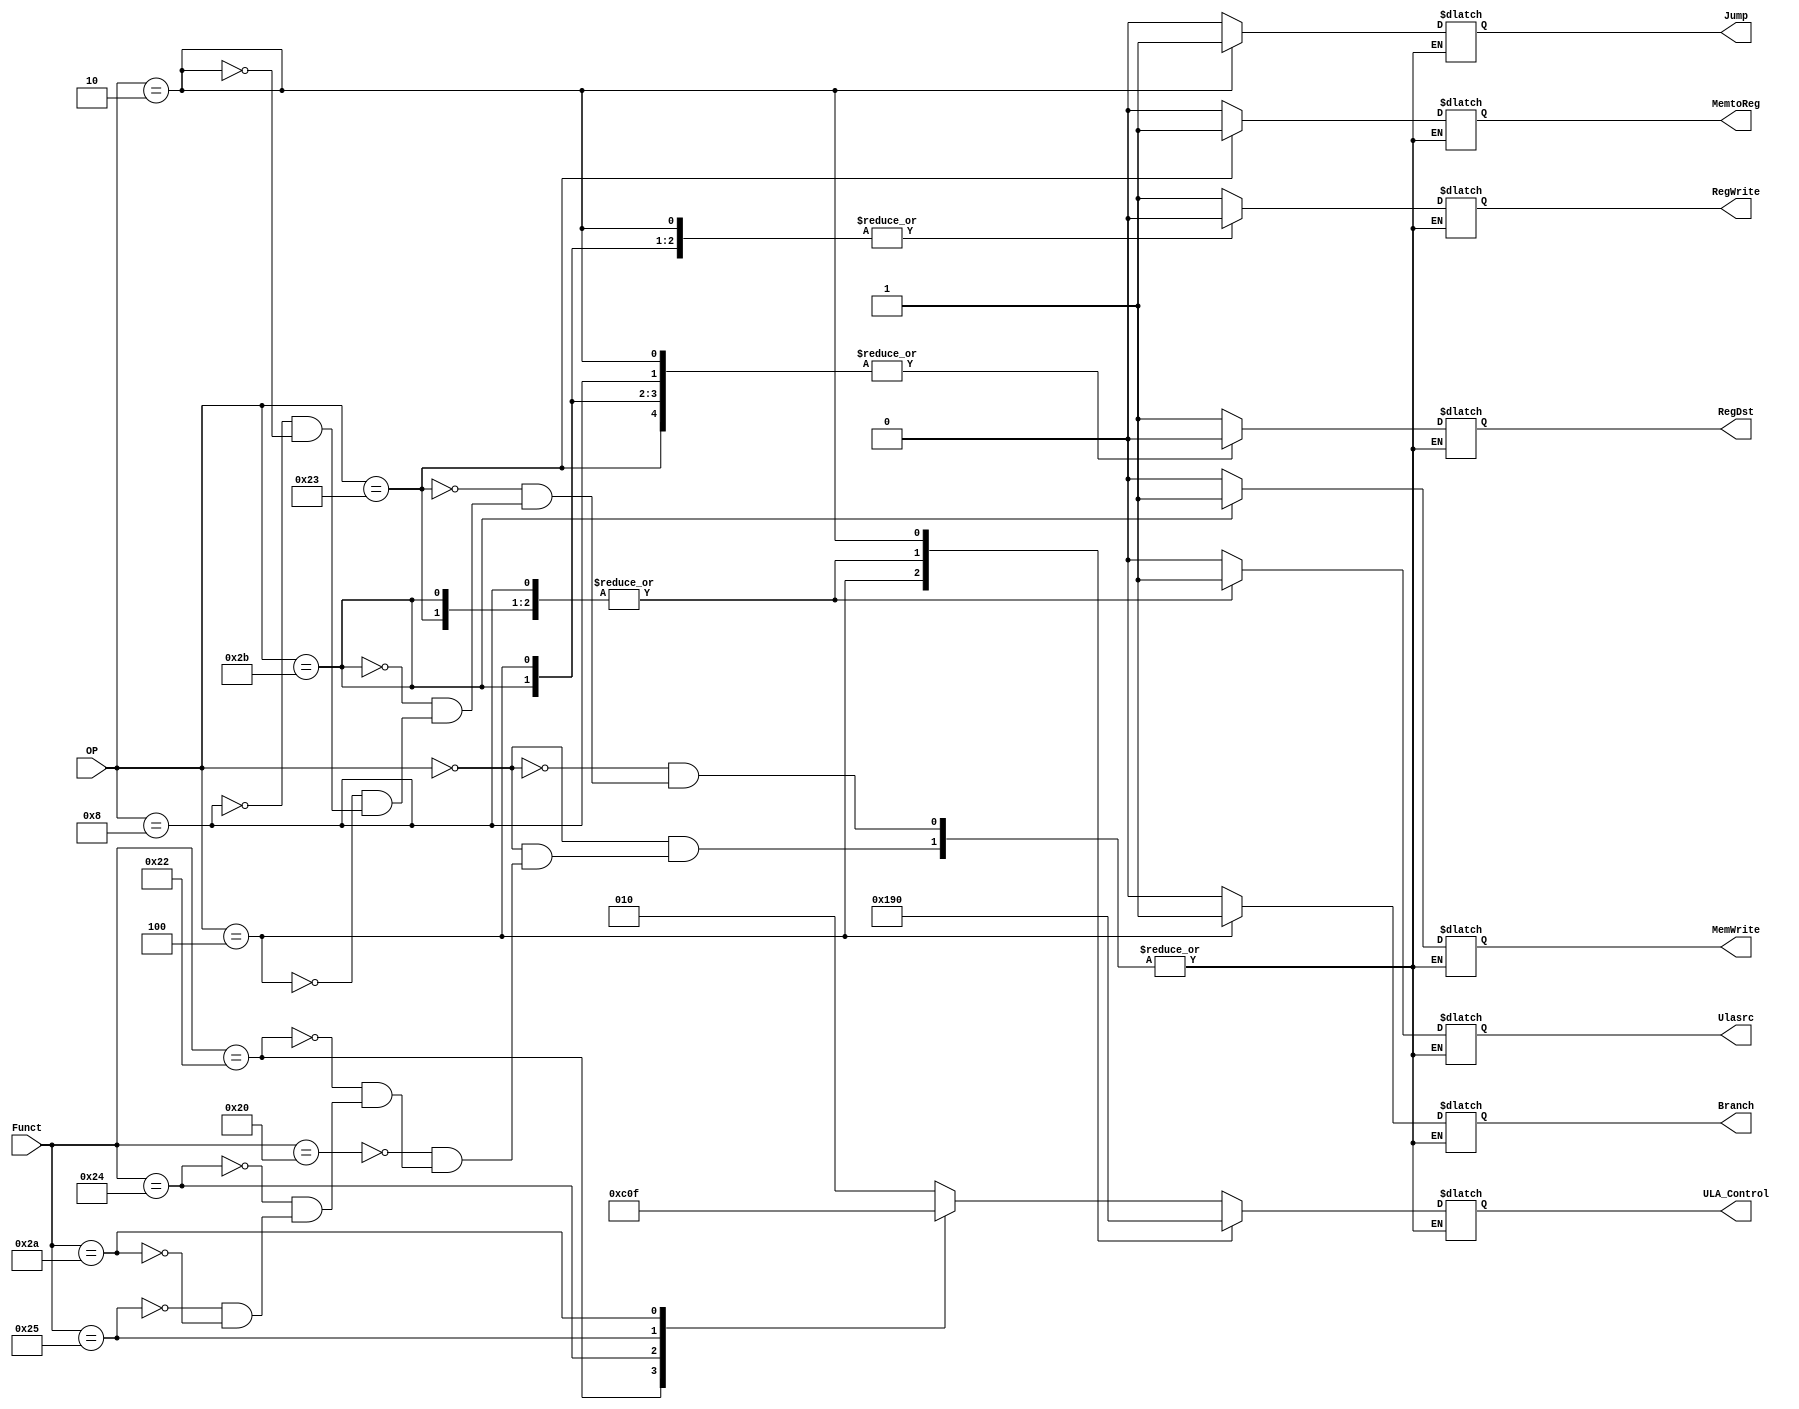
//Mdulo Unidade de Controle - Decodificador

module Unidade_Controle(input[5:0] OP, Funct, output reg [2:0] ULA_Control, output reg RegWrite, RegDst, Branch, MemWrite, MemtoReg, Jump, Ulasrc);
	always @(*) begin
	case (OP)
		6'b000000:begin
		case(Funct)
			6'b100000: begin RegWrite = 1; RegDst = 1; Ulasrc = 0; ULA_Control = 010; Branch = 0; MemWrite = 0; MemtoReg = 0; Jump = 0; end
			6'b100010: begin RegWrite = 1; RegDst = 1; Ulasrc = 0; ULA_Control = 110; Branch = 0; MemWrite = 0; MemtoReg = 0; Jump = 0; end
			6'b100100: begin RegWrite = 1; RegDst = 1; Ulasrc = 0; ULA_Control = 000; Branch = 0; MemWrite = 0; MemtoReg = 0; Jump = 0; end
			6'b100101: begin RegWrite = 1; RegDst = 1; Ulasrc = 0; ULA_Control = 001; Branch = 0; MemWrite = 0; MemtoReg = 0; Jump = 0; end
		   6'b101010: begin RegWrite = 1; RegDst = 1; Ulasrc = 0; ULA_Control = 111; Branch = 0; MemWrite = 0; MemtoReg = 0; Jump = 0; end
			endcase
			end
		6'b100011: begin RegWrite = 1; RegDst = 0; Ulasrc = 1; ULA_Control = 010; Branch = 0; MemWrite = 0; MemtoReg = 1; Jump = 0; end
		6'b101011: begin RegWrite = 0; RegDst = 0; Ulasrc = 1; ULA_Control = 010; Branch = 0; MemWrite = 1; MemtoReg = 0; Jump = 0; end
		6'b000100: begin RegWrite = 0; RegDst = 0; Ulasrc = 0; ULA_Control = 110; Branch = 1; MemWrite = 0; MemtoReg = 0; Jump = 0; end
		6'b001000: begin RegWrite = 1; RegDst = 0; Ulasrc = 1; ULA_Control = 010; Branch = 0; MemWrite = 0; MemtoReg = 0; Jump = 0; end
		6'b000010: begin RegWrite = 0; RegDst = 0; Ulasrc = 0; ULA_Control = 000; Branch = 0; MemWrite = 0; MemtoReg = 0; Jump = 1; end
		endcase
		end
endmodule